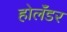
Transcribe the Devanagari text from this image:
होलॅंडर